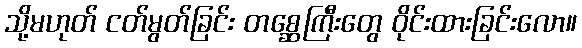
သို့မဟုတ် ငတ်မွတ်ခြင်း တစ္ဆေကြီးတွေ ဝိုင်းထားခြင်းလော။